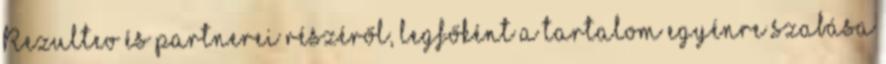
Rezulteo és partnerei részéről, legfőként a tartalom egyénre szabása